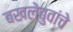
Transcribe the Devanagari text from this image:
बखलेबुवांचे